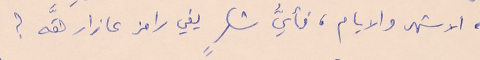
الاشهر والايام، فأيُّ شكرٍ يفي رامز عازار حقَّه ؟